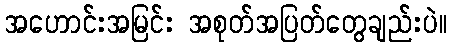
အဟောင်းအမြင်း အစုတ်အပြတ်တွေချည်းပဲ။